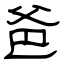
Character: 爸